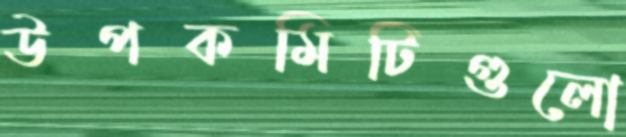
উপকমিটিগুলো